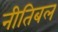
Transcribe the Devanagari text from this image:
नीतिबल